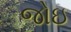
જોઇ